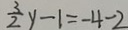
\frac { 3 } { 2 } y - 1 = - 4 - 2